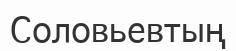
Соловьевтың